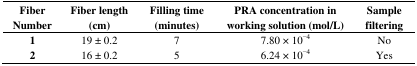
<table><thead><tr><td><b>Fiber Number</b></td><td><b>Fiber length (cm)</b></td><td><b>Filling time (minutes)</b></td><td><b>PRA concentration in working solution (mol/L)</b></td><td><b>Sample filtering</b></td></tr></thead><tbody><tr><td><b>1</b></td><td>19 ± 0.2</td><td>7</td><td>7.80 × 10<sup>−4</sup></td><td>No</td></tr><tr><td><b>2</b></td><td>16 ± 0.2</td><td>5</td><td>6.24 × 10<sup>−4</sup></td><td>Yes</td></tr></tbody></table>